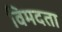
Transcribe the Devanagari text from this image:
विमदता